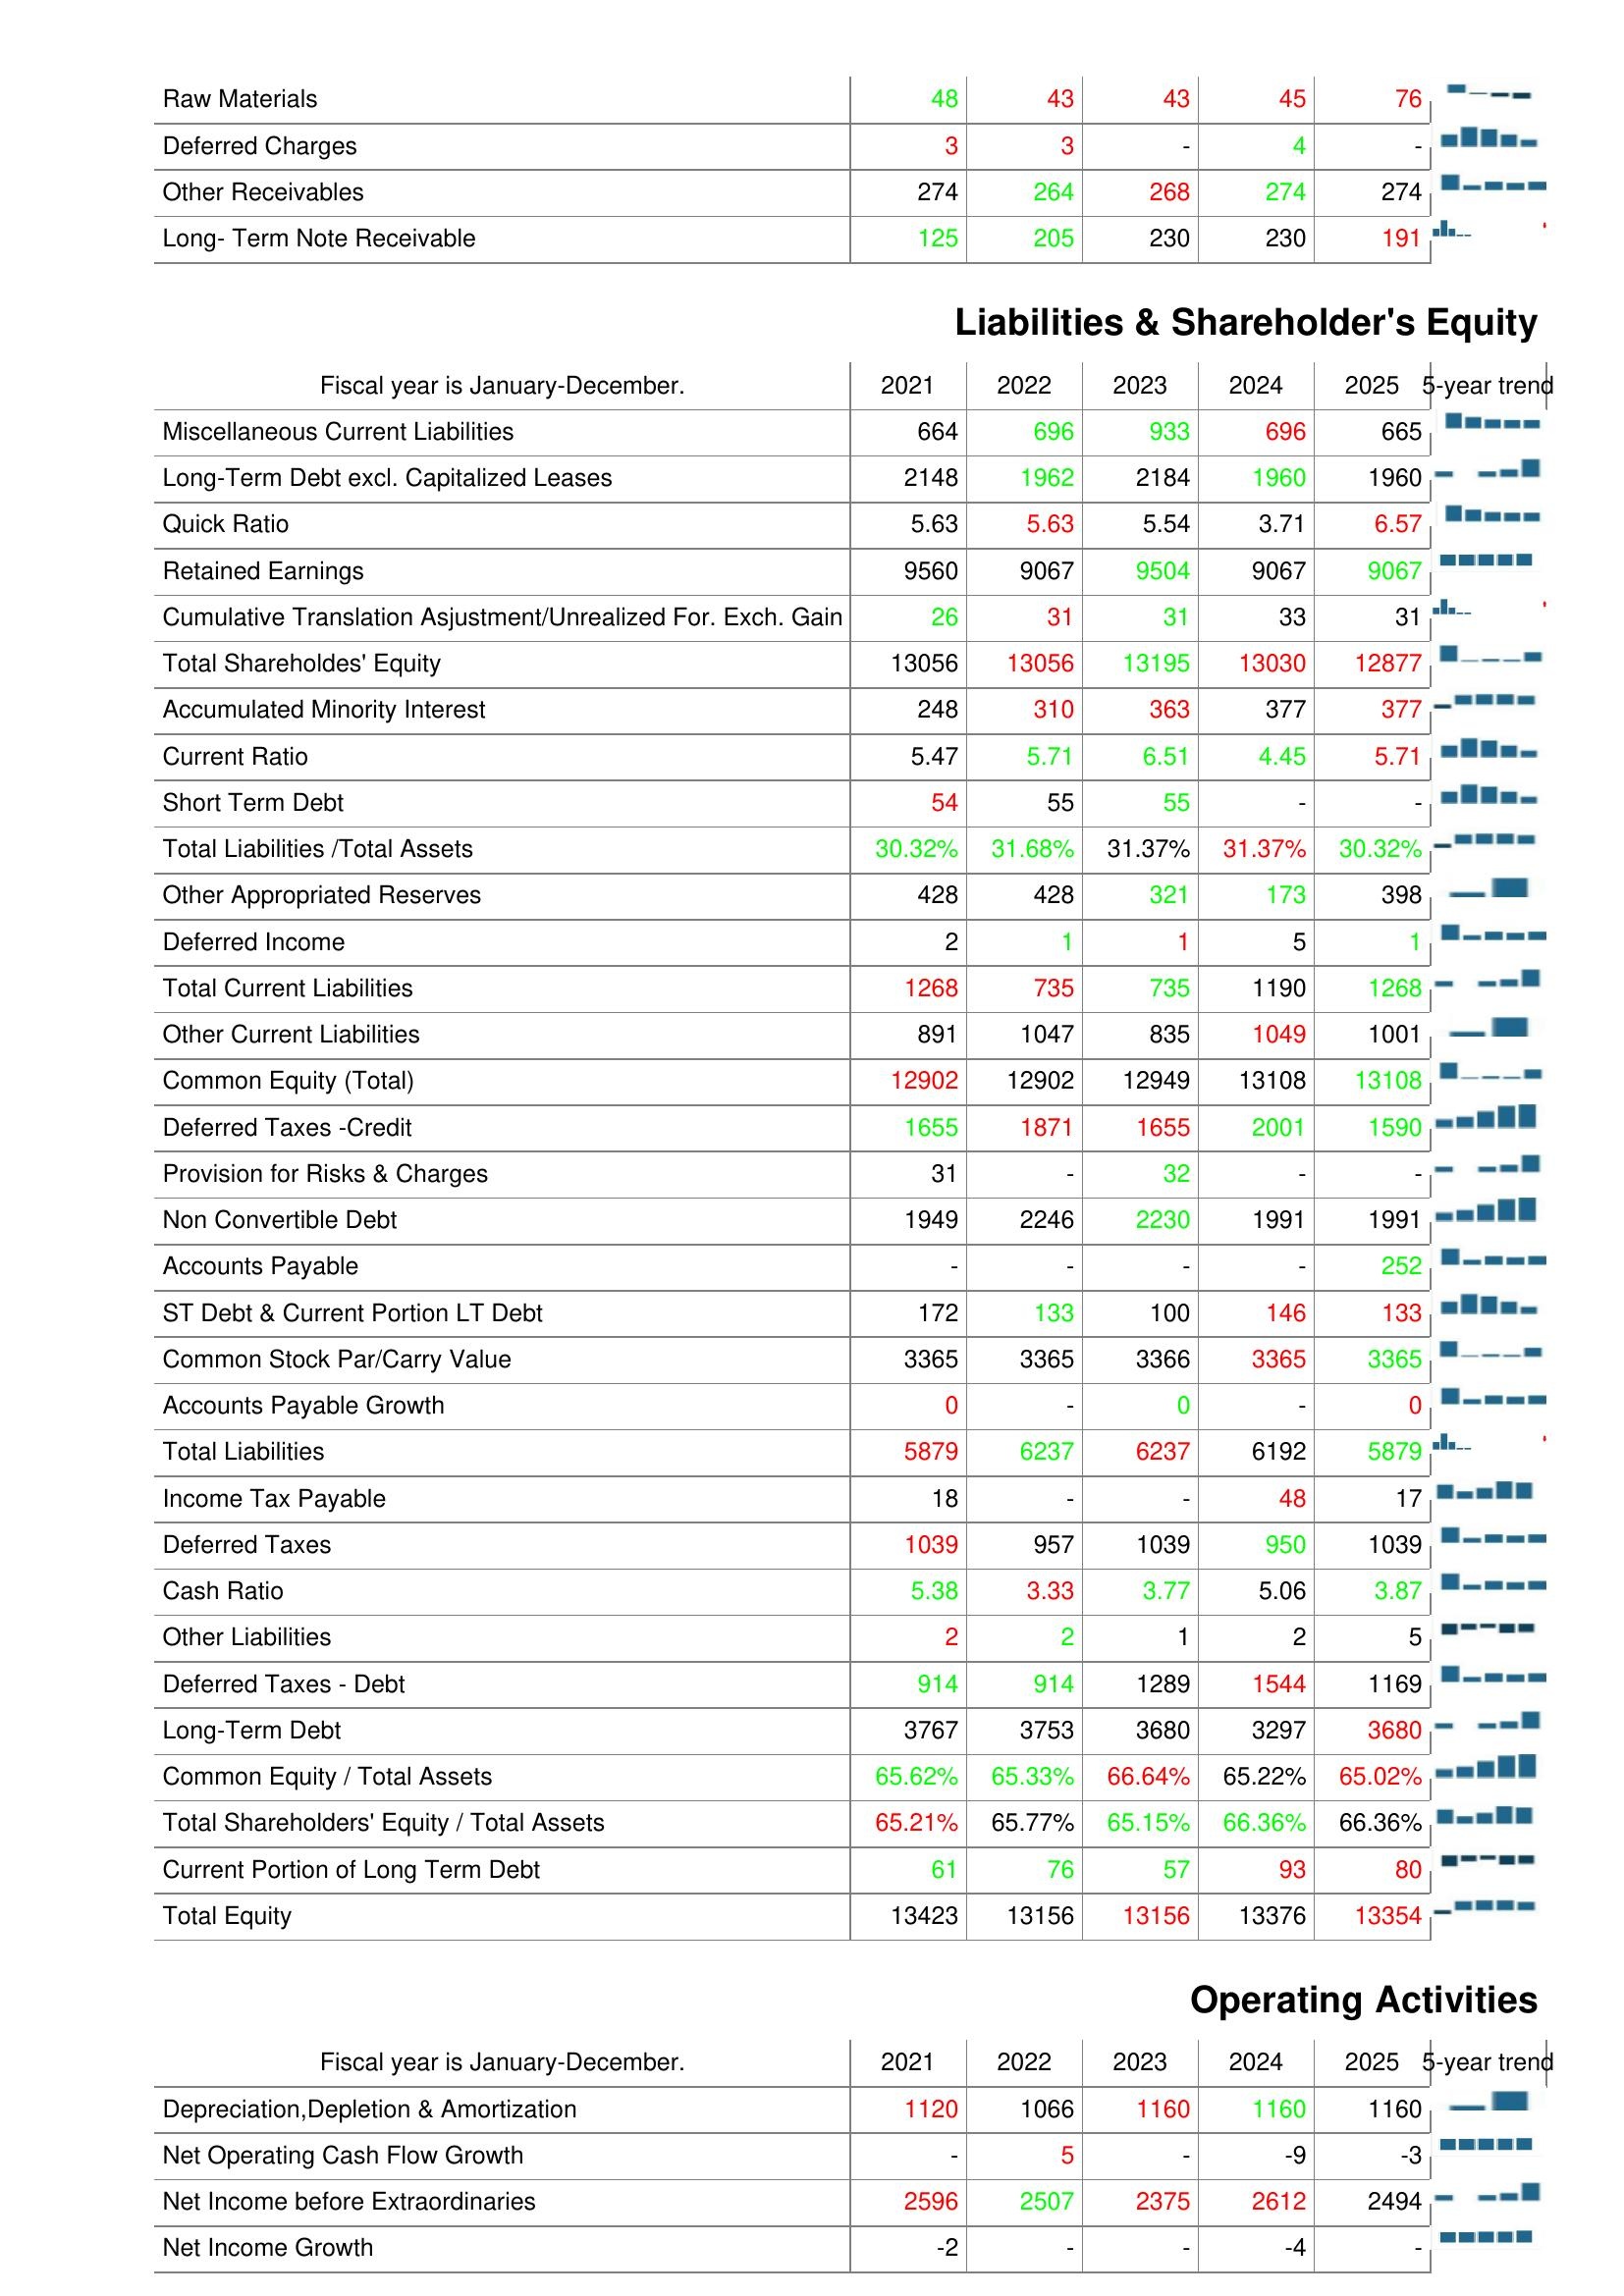
2021: Assets: Raw Materials: 48
Deferred Charges: 3
Other Receivables: 274
Long- Term Note Receivable: 125
Liabilities & Shareholder's Equity: Miscellaneous Current Liabilities: 664
Long-Term Debt excl. Capitalized Leases: 2148
Quick Ratio: 5.63
Retained Earnings: 9560
Cumulative Translation Asjustment/Unrealized For. Exch. Gain: 26
Total Shareholdes' Equity: 13056
Accumulated Minority Interest: 248
Current Ratio: 5.47
Short Term Debt: 54
Total Liabilities /Total Assets: 30.32%
Other Appropriated Reserves: 428
Deferred Income: 2
Total Current Liabilities: 1268
Other Current Liabilities: 891
Common Equity (Total): 12902
Deferred Taxes -Credit: 1655
Provision for Risks & Charges: 31
Non Convertible Debt: 1949
Accounts Payable: -
ST Debt & Current Portion LT Debt: 172
Common Stock Par/Carry Value: 3365
Accounts Payable Growth: 0
Total Liabilities: 5879
Income Tax Payable: 18
Deferred Taxes: 1039
Cash Ratio: 5.38
Other Liabilities: 2
Deferred Taxes - Debt: 914
Long-Term Debt: 3767
Common Equity / Total Assets: 65.62%
Total Shareholders' Equity / Total Assets: 65.21%
Current Portion of Long Term Debt: 61
Total Equity: 13423
Operating Activities: Depreciation,Depletion & Amortization: 1120
Net Operating Cash Flow Growth: -
Net Income before Extraordinaries: 2596
Net Income Growth: -2
2022: Assets: Raw Materials: 43
Deferred Charges: 3
Other Receivables: 264
Long- Term Note Receivable: 205
Liabilities & Shareholder's Equity: Miscellaneous Current Liabilities: 696
Long-Term Debt excl. Capitalized Leases: 1962
Quick Ratio: 5.63
Retained Earnings: 9067
Cumulative Translation Asjustment/Unrealized For. Exch. Gain: 31
Total Shareholdes' Equity: 13056
Accumulated Minority Interest: 310
Current Ratio: 5.71
Short Term Debt: 55
Total Liabilities /Total Assets: 31.68%
Other Appropriated Reserves: 428
Deferred Income: 1
Total Current Liabilities: 735
Other Current Liabilities: 1047
Common Equity (Total): 12902
Deferred Taxes -Credit: 1871
Provision for Risks & Charges: -
Non Convertible Debt: 2246
Accounts Payable: -
ST Debt & Current Portion LT Debt: 133
Common Stock Par/Carry Value: 3365
Accounts Payable Growth: -
Total Liabilities: 6237
Income Tax Payable: -
Deferred Taxes: 957
Cash Ratio: 3.33
Other Liabilities: 2
Deferred Taxes - Debt: 914
Long-Term Debt: 3753
Common Equity / Total Assets: 65.33%
Total Shareholders' Equity / Total Assets: 65.77%
Current Portion of Long Term Debt: 76
Total Equity: 13156
Operating Activities: Depreciation,Depletion & Amortization: 1066
Net Operating Cash Flow Growth: 5
Net Income before Extraordinaries: 2507
Net Income Growth: -
2023: Assets: Raw Materials: 43
Deferred Charges: -
Other Receivables: 268
Long- Term Note Receivable: 230
Liabilities & Shareholder's Equity: Miscellaneous Current Liabilities: 933
Long-Term Debt excl. Capitalized Leases: 2184
Quick Ratio: 5.54
Retained Earnings: 9504
Cumulative Translation Asjustment/Unrealized For. Exch. Gain: 31
Total Shareholdes' Equity: 13195
Accumulated Minority Interest: 363
Current Ratio: 6.51
Short Term Debt: 55
Total Liabilities /Total Assets: 31.37%
Other Appropriated Reserves: 321
Deferred Income: 1
Total Current Liabilities: 735
Other Current Liabilities: 835
Common Equity (Total): 12949
Deferred Taxes -Credit: 1655
Provision for Risks & Charges: 32
Non Convertible Debt: 2230
Accounts Payable: -
ST Debt & Current Portion LT Debt: 100
Common Stock Par/Carry Value: 3366
Accounts Payable Growth: 0
Total Liabilities: 6237
Income Tax Payable: -
Deferred Taxes: 1039
Cash Ratio: 3.77
Other Liabilities: 1
Deferred Taxes - Debt: 1289
Long-Term Debt: 3680
Common Equity / Total Assets: 66.64%
Total Shareholders' Equity / Total Assets: 65.15%
Current Portion of Long Term Debt: 57
Total Equity: 13156
Operating Activities: Depreciation,Depletion & Amortization: 1160
Net Operating Cash Flow Growth: -
Net Income before Extraordinaries: 2375
Net Income Growth: -
2024: Assets: Raw Materials: 45
Deferred Charges: 4
Other Receivables: 274
Long- Term Note Receivable: 230
Liabilities & Shareholder's Equity: Miscellaneous Current Liabilities: 696
Long-Term Debt excl. Capitalized Leases: 1960
Quick Ratio: 3.71
Retained Earnings: 9067
Cumulative Translation Asjustment/Unrealized For. Exch. Gain: 33
Total Shareholdes' Equity: 13030
Accumulated Minority Interest: 377
Current Ratio: 4.45
Short Term Debt: -
Total Liabilities /Total Assets: 31.37%
Other Appropriated Reserves: 173
Deferred Income: 5
Total Current Liabilities: 1190
Other Current Liabilities: 1049
Common Equity (Total): 13108
Deferred Taxes -Credit: 2001
Provision for Risks & Charges: -
Non Convertible Debt: 1991
Accounts Payable: -
ST Debt & Current Portion LT Debt: 146
Common Stock Par/Carry Value: 3365
Accounts Payable Growth: -
Total Liabilities: 6192
Income Tax Payable: 48
Deferred Taxes: 950
Cash Ratio: 5.06
Other Liabilities: 2
Deferred Taxes - Debt: 1544
Long-Term Debt: 3297
Common Equity / Total Assets: 65.22%
Total Shareholders' Equity / Total Assets: 66.36%
Current Portion of Long Term Debt: 93
Total Equity: 13376
Operating Activities: Depreciation,Depletion & Amortization: 1160
Net Operating Cash Flow Growth: -9
Net Income before Extraordinaries: 2612
Net Income Growth: -4
2025: Assets: Raw Materials: 76
Deferred Charges: -
Other Receivables: 274
Long- Term Note Receivable: 191
Liabilities & Shareholder's Equity: Miscellaneous Current Liabilities: 665
Long-Term Debt excl. Capitalized Leases: 1960
Quick Ratio: 6.57
Retained Earnings: 9067
Cumulative Translation Asjustment/Unrealized For. Exch. Gain: 31
Total Shareholdes' Equity: 12877
Accumulated Minority Interest: 377
Current Ratio: 5.71
Short Term Debt: -
Total Liabilities /Total Assets: 30.32%
Other Appropriated Reserves: 398
Deferred Income: 1
Total Current Liabilities: 1268
Other Current Liabilities: 1001
Common Equity (Total): 13108
Deferred Taxes -Credit: 1590
Provision for Risks & Charges: -
Non Convertible Debt: 1991
Accounts Payable: 252
ST Debt & Current Portion LT Debt: 133
Common Stock Par/Carry Value: 3365
Accounts Payable Growth: 0
Total Liabilities: 5879
Income Tax Payable: 17
Deferred Taxes: 1039
Cash Ratio: 3.87
Other Liabilities: 5
Deferred Taxes - Debt: 1169
Long-Term Debt: 3680
Common Equity / Total Assets: 65.02%
Total Shareholders' Equity / Total Assets: 66.36%
Current Portion of Long Term Debt: 80
Total Equity: 13354
Operating Activities: Depreciation,Depletion & Amortization: 1160
Net Operating Cash Flow Growth: -3
Net Income before Extraordinaries: 2494
Net Income Growth: -